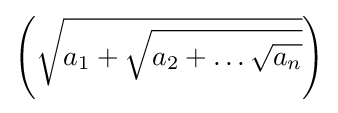
\left({\sqrt {a_{1}+{\sqrt {a_{2}+\dotsc {\sqrt {a_{n}}}}}}}\right)